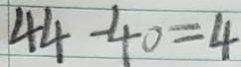
4 4 - 4 0 = 4